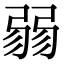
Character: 𢐅